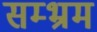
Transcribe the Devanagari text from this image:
सम्‍भ्रम